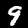
Digit: 9